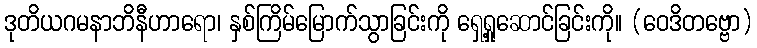
ဒုတိယဂမနာဘိနီဟာရော၊ နှစ်ကြိမ်မြောက်သွာခြင်းကို ရှေ့ရှုဆောင်ခြင်းကို။ (ဝေဒိတဗ္ဗော)